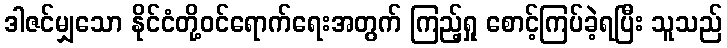
ဒါဇင်မျှသော နိုင်ငံတို့ဝင်ရောက်ရေးအတွက် ကြည့်ရှု စောင့်ကြပ်ခဲ့ရပြီး သူသည်